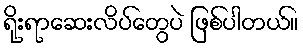
ရိုးရာဆေးလိပ်တွေပဲ ဖြစ်ပါတယ်။